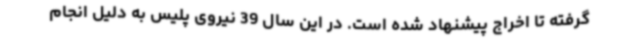
گرفته تا اخراج پیشنهاد شده است. در این سال 39 نیروی پلیس به دلیل انجام